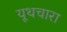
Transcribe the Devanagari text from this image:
यूथचारा